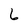
Character: 6